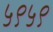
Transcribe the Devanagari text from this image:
५९५९